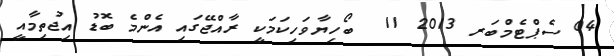
04 ސެޕްޓެމްބަރ 2013 11  ބޯހިޔާވަހިކަމަކީ ރާއްޖޭގައި އެންމެ ބޮޑު އިޖުތިމާއީ